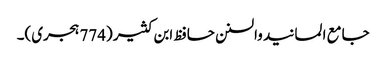
جامع المسانید والسنن حافظ ابن کثیر (774 ہجری)۔